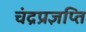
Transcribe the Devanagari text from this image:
चंद्रप्रज्ञप्ति